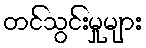
တင်သွင်းမှုများ